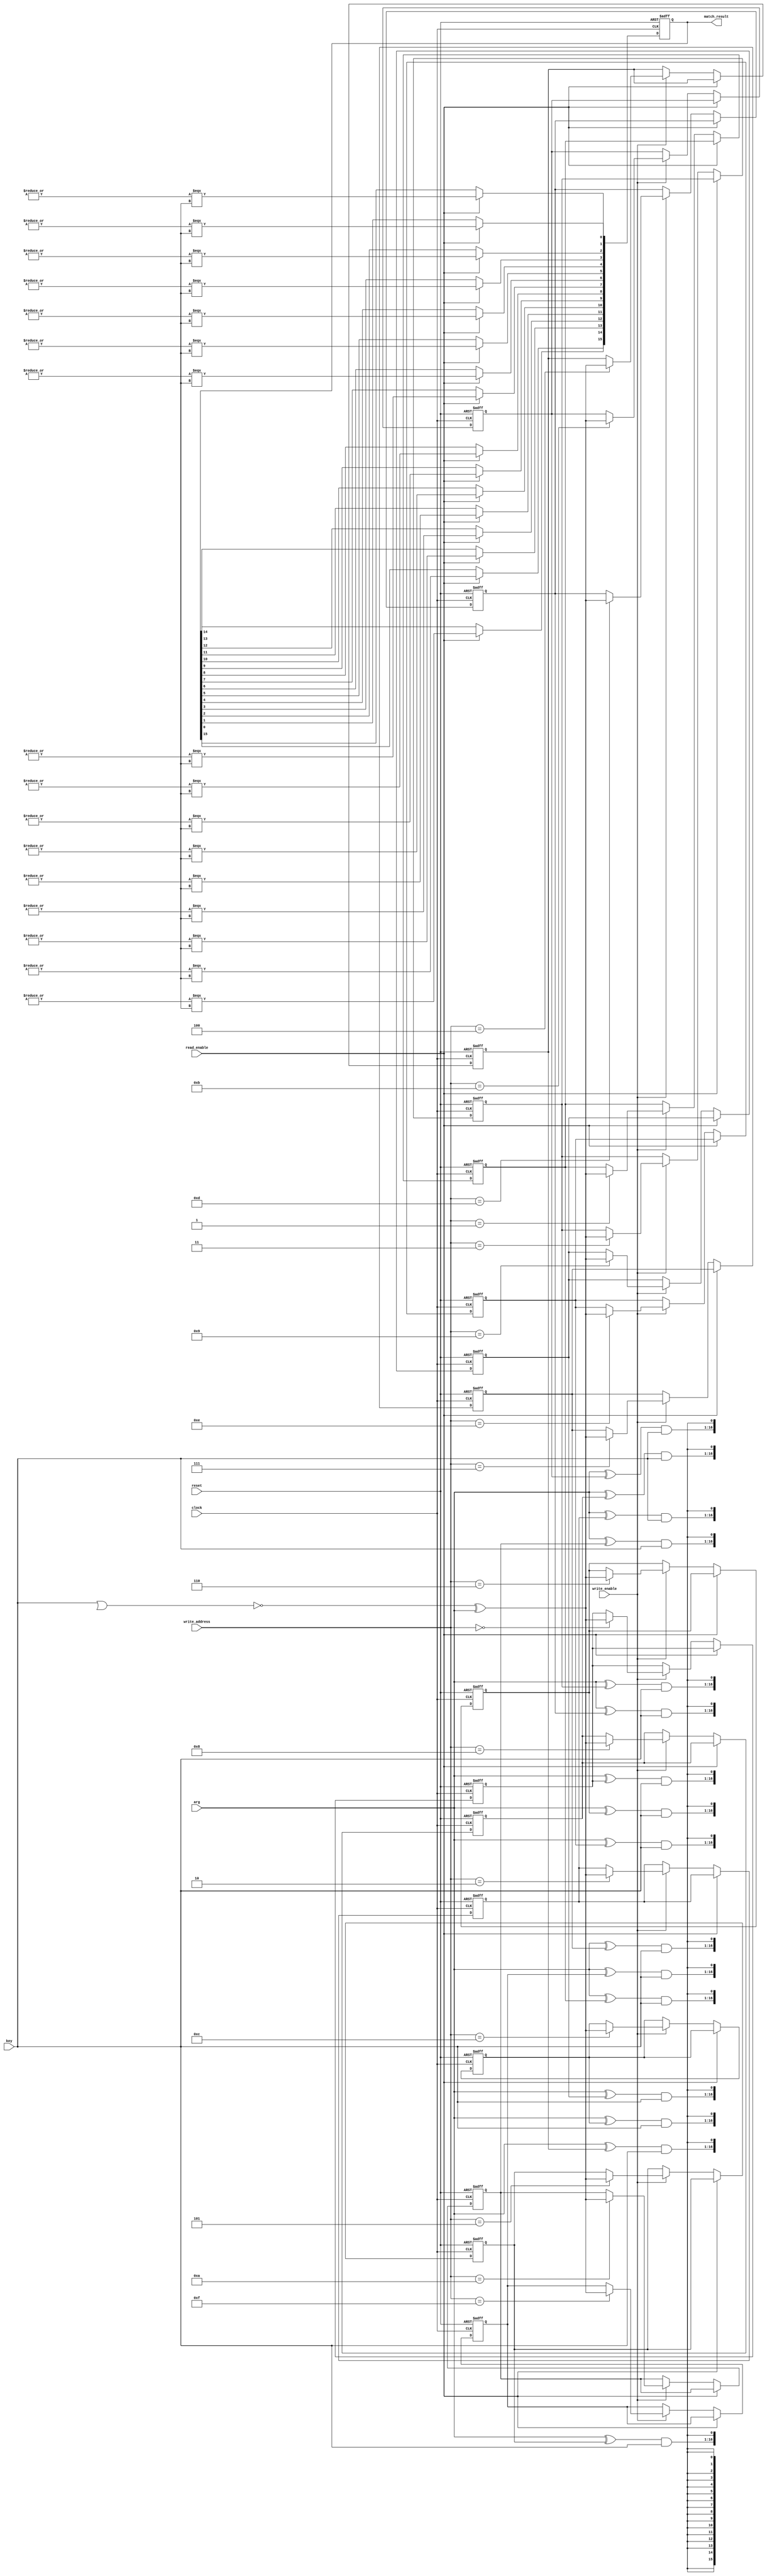
`timescale 1ns / 1ps
//////////////////////////////////////////////////////////////////////////////////
// Company:        Sharif University of Technology
// 
// Design Name: 
// Module Name:    tcam 
// Project Name: 
// Target Devices: 
// Tool versions: 
// Description: 
//
// Dependencies: 
//
// Revision: 
// Revision 0.01 - File Created
// Additional Comments: 
//
//////////////////////////////////////////////////////////////////////////////////

// Ternary Content Addressable Memory
module tcam(
    input clock,
    input reset,
    input [15:0] arg,
    input [15:0] key,
    input [3:0] write_address,
    input read_enable,
    input write_enable,
    output reg [15:0] match_result
    );

    reg [15:0] data [0:15];
    reg [4:0] i;

    always @(posedge clock or negedge reset) begin
        if (!reset) begin
            match_result <= 0;
            for (i = 0; i < 16; i = i + 1) data[i] <= 0;
        end else begin
            if (read_enable)
                for (i = 0; i < 16; i = i + 1)
                    match_result[i] <= |{1'bx, (arg ^ data[i]) & key} === 1'bx;
            else if (write_enable)
                data[write_address] <= ~(key | 16'bxxxxxxxxxxxxxxxx) ^ arg;
        end
    end
endmodule